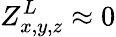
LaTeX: Z_{x,y,z}^{L}\approx 0